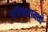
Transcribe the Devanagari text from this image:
अधिकारामध्ये